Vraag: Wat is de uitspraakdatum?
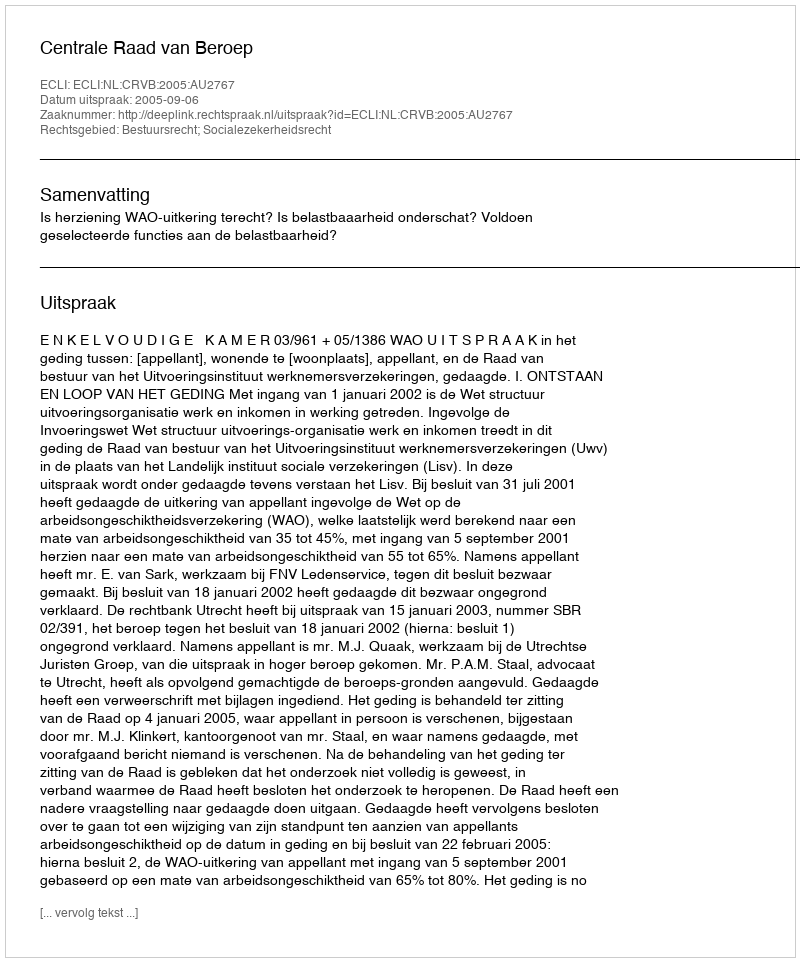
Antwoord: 2005-09-06